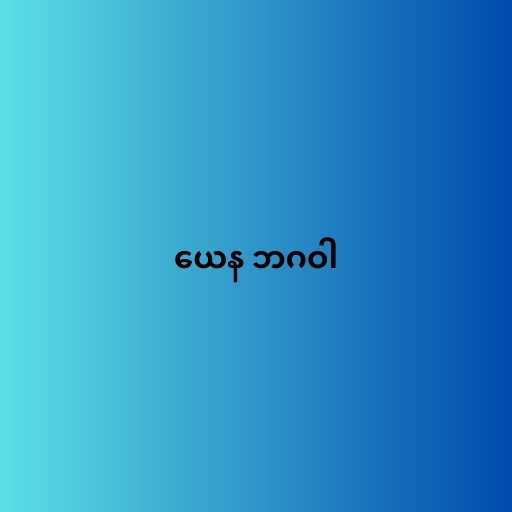
ယေန ဘဂဝါ